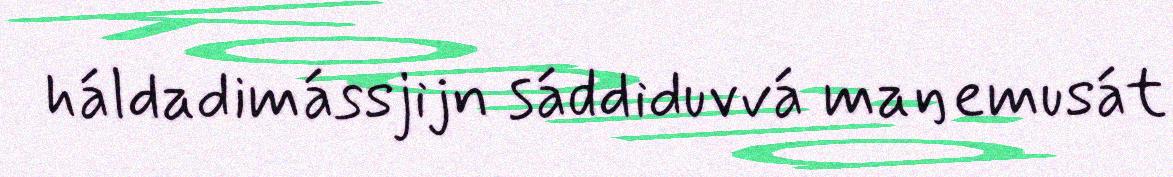
háldadimássjijn sáddiduvvá maŋemusát